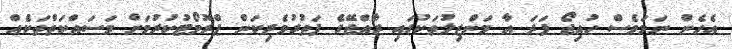
އެހެން ނަމަވެސް ހުއިޖޯ ފަދަ އާ މަންޒިލުތަކުގައި ރާއްޖޭގެ ފަތުރުވެރިކަން ޕްރޮމޯޓުކުރުމަށް މަސައްކަތްތަކެއް